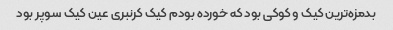
بدمزه‌ترین کیک و کوکی بود که خورده بودم کیک کرنبری عین کیک سوپر بود